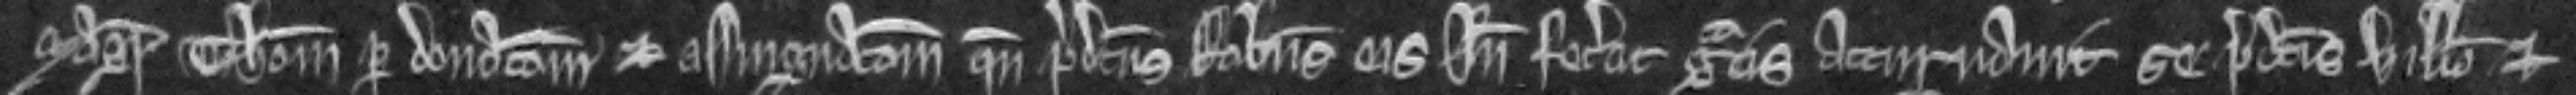
Magister Thomas per donacionem et assignacionem quando predictus Robertus cis inde fecerat gratis atturnavit se predictis Willelmo et